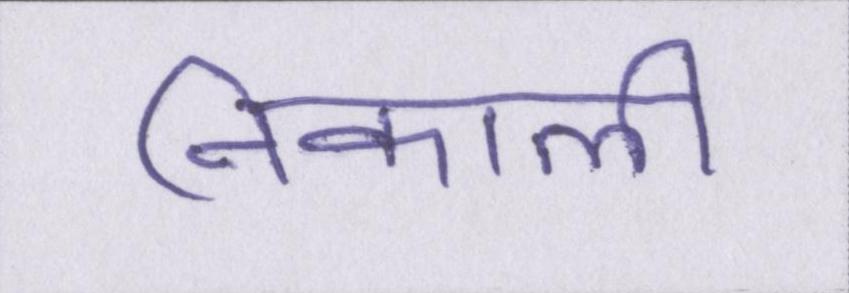
निकाली